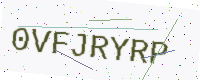
Text: 0VFJRYRP